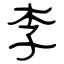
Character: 李